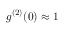
g ^ { ( 2 ) } ( 0 ) \approx 1